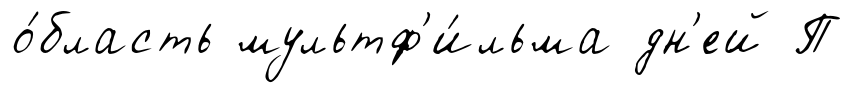
о́бласть мультф'и́льма дн'ей П